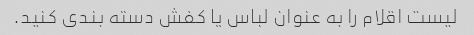
لیست اقلام را به عنوان لباس یا کفش دسته بندی کنید.